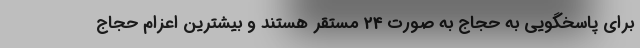
برای پاسخگویی به حجاج به صورت 24 مستقر هستند و بیشترین اعزام حجاج